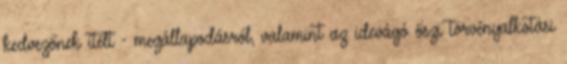
kedvezőnek ítélt - megállapodásról, valamint az idevágó őszi törvényalkotási